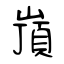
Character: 嵿